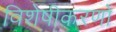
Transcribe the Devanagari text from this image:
विशेषीकरणों